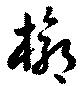
槨